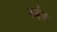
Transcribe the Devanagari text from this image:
डईस